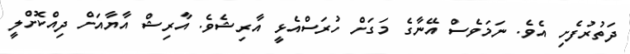
ދަތުރުފެށި އެވެ. ނަމަވެސް އޭނާގެ މަގަށް ހުރަސްއެޅީ އާރިޝެވެ. އާރިޝް އާޔާއަށް ދިއްކޮށްލީ